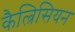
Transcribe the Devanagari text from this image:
कैल्रिसियन